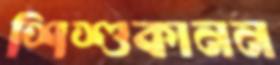
শিশুকানন